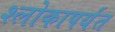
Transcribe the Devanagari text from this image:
श्लोकापर्यंत